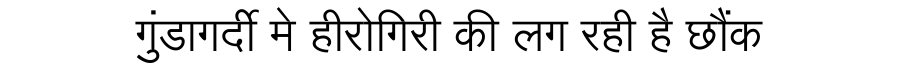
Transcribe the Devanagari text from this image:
गुंडागर्दी मे हीरोगिरी की लग रही है छौंक